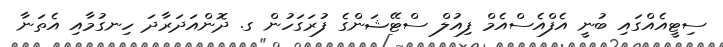
ސިޓީއެއްގައި ބުނީ އެފްއެސްއެމް ފިއުލް ސްޓޭޝަންގެ ފުރަގަހުން ގ. ދޮންއަދަރާދަ ހިނގުމާއި އެތަނާ